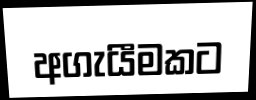
අගැයීමකට